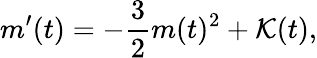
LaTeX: m^{\prime}(t)=-\frac{3}{2}m(t)^{2}+\mathcal{K}(t),